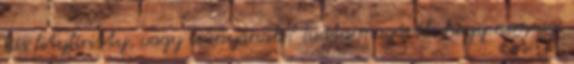
kis fityfiritty, vagy csúnyának? Tudta magáról, hogy nem az.